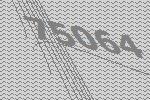
75064